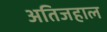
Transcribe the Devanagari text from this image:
अतिजहाल